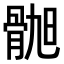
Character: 𫘲